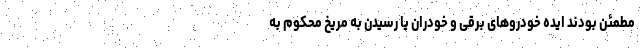
مطمئن بودند ایده خودروهای برقی و خودران یا رسیدن به مریخ محکوم به